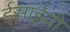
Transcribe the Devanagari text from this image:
ईसाईयो